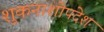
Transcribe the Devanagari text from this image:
शुकनाशोपदेश